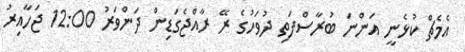
އެމެޗް ކުޅެނީ އަންނަ ބުރާސްފަތި ދުވަހުގެ ރޭ ރާއްޖެގަޑިން ދަންވަރު 12:00 ޖަހާއިރު